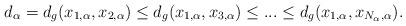
LaTeX: \begin{align*}d_\alpha=d_g(x_{1,\alpha},x_{2,\alpha})\leq d_g(x_{1,\alpha},x_{3,\alpha}) \leq ... \leq d_g(x_{1,\alpha},x_{N_\alpha,\alpha}).\end{align*}